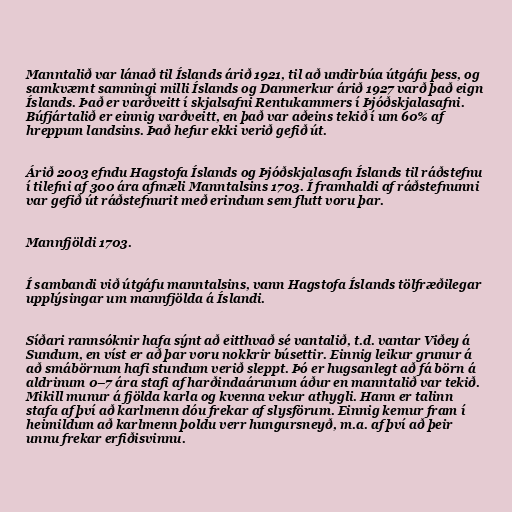
Manntalið var lánað til Íslands árið 1921, til að undirbúa útgáfu þess, og
samkvæmt samningi milli Íslands og Danmerkur árið 1927 varð það eign
Íslands. Það er varðveitt í skjalsafni Rentukammers í Þjóðskjalasafni.
Búfjártalið er einnig varðveitt, en það var aðeins tekið í um 60% af
hreppum landsins. Það hefur ekki verið gefið út.

Árið 2003 efndu Hagstofa Íslands og Þjóðskjalasafn Íslands til ráðstefnu
í tilefni af 300 ára afmæli Manntalsins 1703. Í framhaldi af ráðstefnunni
var gefið út ráðstefnurit með erindum sem flutt voru þar.

Mannfjöldi 1703.

Í sambandi við útgáfu manntalsins, vann Hagstofa Íslands tölfræðilegar
upplýsingar um mannfjölda á Íslandi.

Síðari rannsóknir hafa sýnt að eitthvað sé vantalið, t.d. vantar Viðey á
Sundum, en víst er að þar voru nokkrir búsettir. Einnig leikur grunur á
að smábörnum hafi stundum verið sleppt. Þó er hugsanlegt að fá börn á
aldrinum 0–7 ára stafi af harðindaárunum áður en manntalið var tekið.
Mikill munur á fjölda karla og kvenna vekur athygli. Hann er talinn
stafa af því að karlmenn dóu frekar af slysförum. Einnig kemur fram í
heimildum að karlmenn þoldu verr hungursneyð, m.a. af því að þeir
unnu frekar erfiðisvinnu.